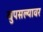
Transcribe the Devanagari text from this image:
खुपसल्यावर